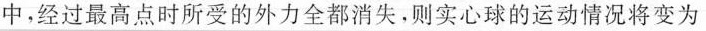
中，经过最高点时所受的外力全都消失。则实心球的运动情况将变为